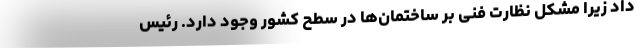
داد زیرا مشکل نظارت فنی بر ساختمان‌ها در سطح کشور وجود دارد. رئیس